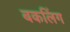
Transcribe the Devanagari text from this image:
बकलिंग